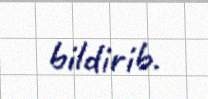
bildirib.